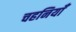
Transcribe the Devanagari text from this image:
चहनियाँ